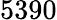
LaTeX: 5390